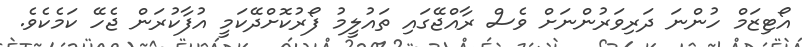
އޯޓިޒަމް ހުންނަ ދަރިވަރުންނަށް ވެސް ރާއްޖޭގައި ތައުލީމު ފޯރުކޮށްދޭކަމީ އުފާކުރަން ޖެހޭ ކަމެކެވެ.